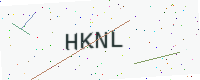
Text: HKNL